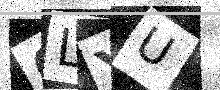
Text: 6LYU